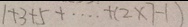
1 + 3 + 5 + \cdots + ( 2 \times 7 - 1 )